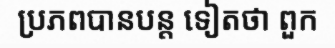
ប្រភពបានបន្ត ទៀតថា ពួក